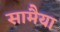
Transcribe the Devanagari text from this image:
सामैया